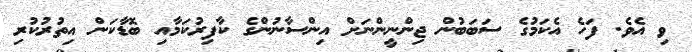
ވި އެވެ. ފަހެ އެކަމުގެ ސަބަބުން ޖިންނީންނަށް އިންސާނުންގެ ކާފިރުކަމާއި ބޮޑާކަން އިތުރުކުރި